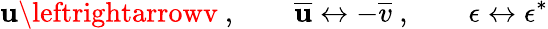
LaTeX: \mathbf{u}\leftrightarrowv\ ,\qquad{\overline{{{\mathbf{u}}}}}\leftrightarrow-{\overline{{{v}}}}\ ,\qquad\epsilon\leftrightarrow\epsilon^{\ast}